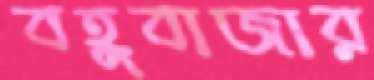
বহুবাজার